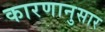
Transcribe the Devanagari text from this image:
कारणानुसार